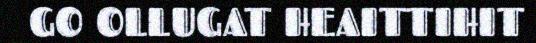
GO OLLUGAT HEAITTIHIT